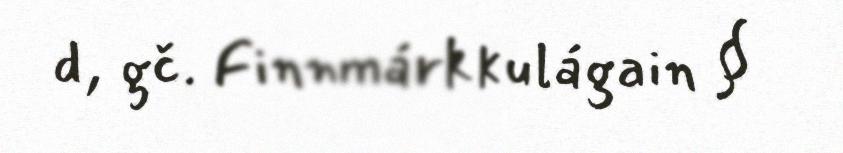
d, gč. Finnmárkkulágain §